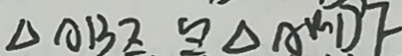
\Delta A B D \cong \Delta A D F